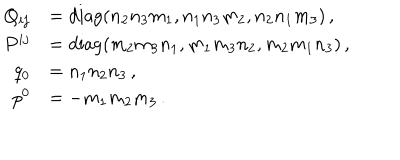
\begin{array} { r l } { { Q _ { i j } } } & { { = \mathrm { d i a g } ( n _ { 2 } n _ { 3 } m _ { 1 } , n _ { 1 } n _ { 3 } m _ { 2 } , n _ { 2 } n _ { 1 } m _ { 3 } ) \, , } } \\ { { P ^ { i j } } } & { { = \mathrm { d i a g } ( m _ { 2 } m _ { 3 } n _ { 1 } , m _ { 1 } m _ { 3 } n _ { 2 } , m _ { 2 } m _ { 1 } n _ { 3 } ) \, , } } \\ { { q _ { 0 } } } & { { = n _ { 1 } n _ { 2 } n _ { 3 } \, , } } \\ { { p ^ { 0 } } } & { { = - m _ { 1 } m _ { 2 } m _ { 3 } \, . } } \\ \end{array}